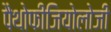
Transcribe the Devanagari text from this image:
पैथोफीजियोलोजी